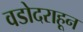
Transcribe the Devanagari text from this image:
वडोदराहून